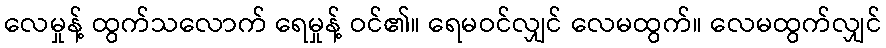
လေမှုန့် ထွက်သလောက် ရေမှုန့် ဝင်၏။ ရေမဝင်လျှင် လေမထွက်။ လေမထွက်လျှင်